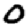
Digit: 0